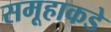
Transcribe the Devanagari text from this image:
समूहाकडे